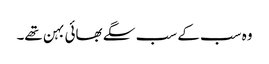
وہ سب کے سب سگے بھائی بہن تھے۔